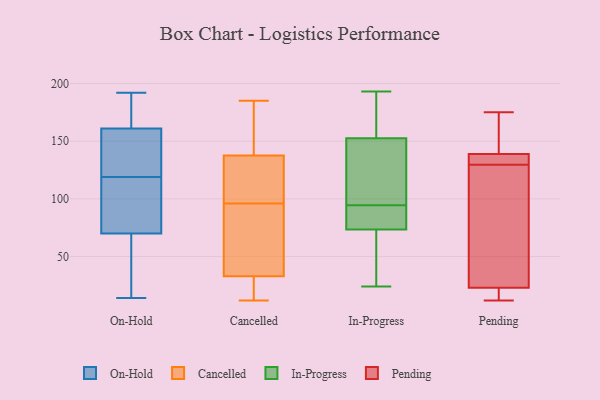
{"axis": {"x": "Operating Costs (USD K)", "y": "Value"}, "legend": ["Cancelled", "In-Progress", "On-Hold", "Pending"], "data": [{"x": "", "y": 70, "type": "On-Hold"}, {"x": "", "y": 130, "type": "On-Hold"}, {"x": "", "y": 88, "type": "On-Hold"}, {"x": "", "y": 189, "type": "On-Hold"}, {"x": "", "y": 75, "type": "On-Hold"}, {"x": "", "y": 14, "type": "On-Hold"}, {"x": "", "y": 165, "type": "On-Hold"}, {"x": "", "y": 113, "type": "On-Hold"}, {"x": "", "y": 161, "type": "On-Hold"}, {"x": "", "y": 192, "type": "On-Hold"}, {"x": "", "y": 125, "type": "On-Hold"}, {"x": "", "y": 32, "type": "On-Hold"}, {"x": "", "y": 56, "type": "On-Hold"}, {"x": "", "y": 144, "type": "On-Hold"}, {"x": "", "y": 118, "type": "Cancelled"}, {"x": "", "y": 18, "type": "Cancelled"}, {"x": "", "y": 35, "type": "Cancelled"}, {"x": "", "y": 87, "type": "Cancelled"}, {"x": "", "y": 105, "type": "Cancelled"}, {"x": "", "y": 76, "type": "Cancelled"}, {"x": "", "y": 123, "type": "Cancelled"}, {"x": "", "y": 54, "type": "Cancelled"}, {"x": "", "y": 110, "type": "Cancelled"}, {"x": "", "y": 86, "type": "Cancelled"}, {"x": "", "y": 185, "type": "Cancelled"}, {"x": "", "y": 12, "type": "Cancelled"}, {"x": "", "y": 18, "type": "Cancelled"}, {"x": "", "y": 31, "type": "Cancelled"}, {"x": "", "y": 142, "type": "Cancelled"}, {"x": "", "y": 168, "type": "Cancelled"}, {"x": "", "y": 149, "type": "Cancelled"}, {"x": "", "y": 21, "type": "Cancelled"}, {"x": "", "y": 154, "type": "Cancelled"}, {"x": "", "y": 133, "type": "Cancelled"}, {"x": "", "y": 193, "type": "In-Progress"}, {"x": "", "y": 85, "type": "In-Progress"}, {"x": "", "y": 101, "type": "In-Progress"}, {"x": "", "y": 63, "type": "In-Progress"}, {"x": "", "y": 48, "type": "In-Progress"}, {"x": "", "y": 147, "type": "In-Progress"}, {"x": "", "y": 72, "type": "In-Progress"}, {"x": "", "y": 75, "type": "In-Progress"}, {"x": "", "y": 88, "type": "In-Progress"}, {"x": "", "y": 172, "type": "In-Progress"}, {"x": "", "y": 41, "type": "In-Progress"}, {"x": "", "y": 138, "type": "In-Progress"}, {"x": "", "y": 109, "type": "In-Progress"}, {"x": "", "y": 158, "type": "In-Progress"}, {"x": "", "y": 24, "type": "In-Progress"}, {"x": "", "y": 190, "type": "In-Progress"}, {"x": "", "y": 118, "type": "In-Progress"}, {"x": "", "y": 87, "type": "In-Progress"}, {"x": "", "y": 173, "type": "In-Progress"}, {"x": "", "y": 85, "type": "In-Progress"}, {"x": "", "y": 170, "type": "Pending"}, {"x": "", "y": 137, "type": "Pending"}, {"x": "", "y": 16, "type": "Pending"}, {"x": "", "y": 98, "type": "Pending"}, {"x": "", "y": 12, "type": "Pending"}, {"x": "", "y": 175, "type": "Pending"}, {"x": "", "y": 139, "type": "Pending"}, {"x": "", "y": 23, "type": "Pending"}, {"x": "", "y": 139, "type": "Pending"}, {"x": "", "y": 122, "type": "Pending"}]}